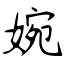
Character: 婉